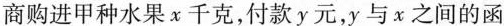
商购进甲种水果x千克，付款y元，y与x之间的函